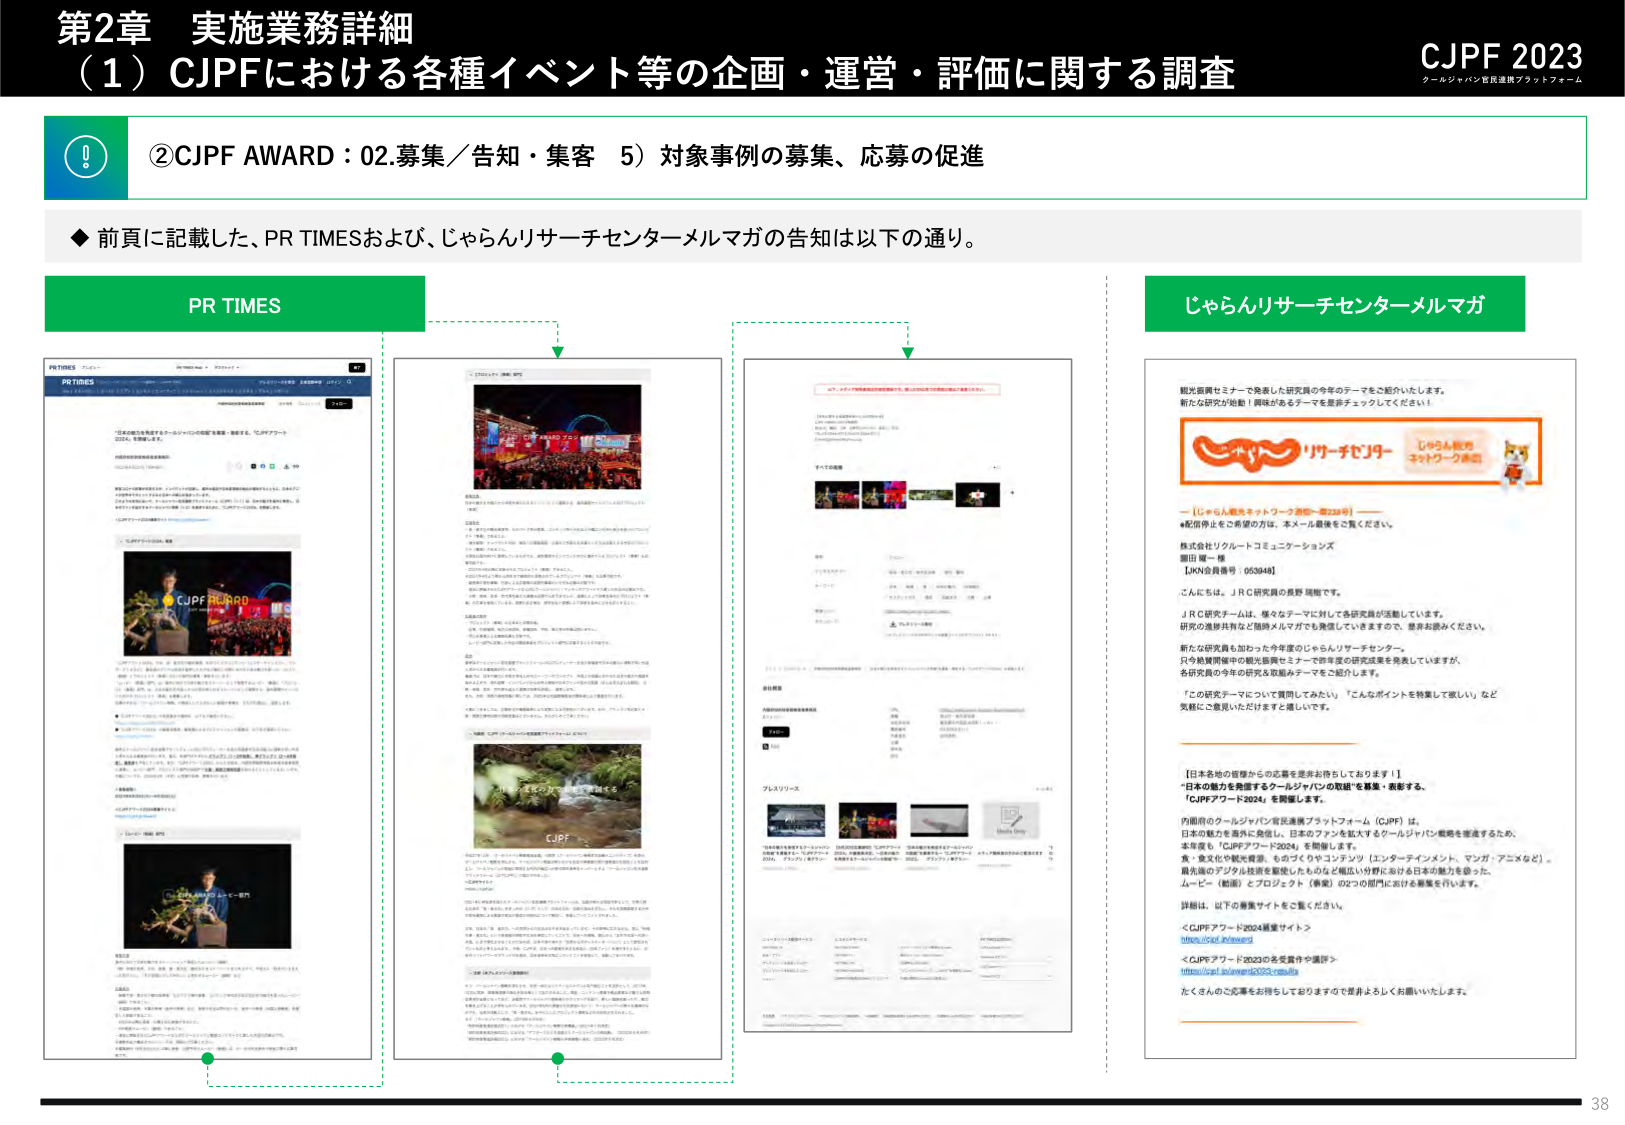
第2章 実施業務詳細
（1）CJPFにおける各種イベント等の企画・運営・評価に関する調査

CJPF 2023
クールジャパン官民連携プラットフォーム

②CJPF AWARD：02.募集／告知・集客 5）対象事例の募集、応募の促進

◆ 前頁に記載した、PR TIMESおよび、じゃらんリサーチセンターメルマガの告知は以下の通り。

PR TIMES

PR TIMES
[画像の上部に「PR TIMES」のロゴとナビゲーションバーが表示]
[記事タイトル：「『日本の魅力を発信するクールジャパンの取組』を表彰・表彰する、「CJPFアワード2024」、を開催します。」]
[本文：「内閣府のクールジャパン官民連携プラットフォーム（CJPF）は、日本の魅力を国内外に発信し、日本ブランドを拡大するクールジャパン戦略を推進するために、本年度も『CJPFアワード2024』を開催します。」]
[本文：「食・文化や観光資源、ものづくりやコンテンツ（エンターテインメント、マンガ・アニメなど）、最先端のデジタル技術を駆使したものなど幅広い分野における日本の魅力を扱った、ムービー（動画）とプロジェクト（事業）の2つの部門における募集を行います。」]
[本文：「詳細は、以下の募集サイトをご覧ください。」]
[リンク：「＜CJPFアワード2024募集サイト＞ https://cjp.f.jp/award」]
[リンク：「＜CJPFアワード2023の受賞者や選評＞ https://cjp.f.jp/award2023/results」]
[本文：「たくさんのご応募をお待ちしておりますので是非よろしくお願いいたします。」]

[画像下部に「CJPF AWARD」のロゴと、受賞者らしき人物の写真が複数掲載]

じゃらんリサーチセンターメルマガ

観光振興セミナーで発表した研究員の今年のテーマをご紹介いたします。
新たな研究が始動！興味があるテーマを是非チェックしてください！

[イラスト：「リサーチリーダー」の文字と、じゃらん観光ネットワークのロゴ、キャラクターが描かれたバナー]

ー【じゃらん観光ネットワーク週報一週238号】ー
※配信停止をご希望の方は、本メール最後をご覧ください。

株式会社リクルートコミュニケーションズ
棚田 優一 様
[JKN会員番号：053948]

こんにちは。JRC研究員の長野 瑞樹です。

JRC研究チームは、様々なテーマに対して各研究員が活動しています。
研究の進捗共有など随時メルマガでも発信していますので、是非お読みください。

新たな研究員も加わった今年度のじゃらんリサーチセンター。
只今格闘開催中の観光振興セミナーで昨年度の研究成果を発表していますが、
各研究員の今年の研究を担当テーマごとご紹介します。

「この研究テーマについて質問してみたい」「こんなポイントを特集して欲しい」など
気軽にご意見いただけますと嬉しいです。

【日本各地の皆様からの応募を是非お待ちしております！】
「日本の魅力を発信するクールジャパンの取組」を表彰・表彰する、
「CJPFアワード2024」を開催します。

内閣府のクールジャパン官民連携プラットフォーム（CJPF）は、
日本の魅力を国内外に発信し、日本ブランドを拡大するクールジャパン戦略を推進するために、
本年度も『CJPFアワード2024』を開催します。
食・文化や観光資源、ものづくりやコンテンツ（エンターテインメント、マンガ・アニメなど）、
最先端のデジタル技術を駆使したものなど幅広い分野における日本の魅力を扱った、
ムービー（動画）とプロジェクト（事業）の2つの部門における募集を行います。

詳細は、以下の募集サイトをご覧ください。
＜CJPFアワード2024募集サイト＞
https://cjp.f.jp/award
＜CJPFアワード2023の受賞者や選評＞
https://cjp.f.jp/award2023/results

たくさんのご応募をお待ちしておりますので是非よろしくお願いいたします。

38